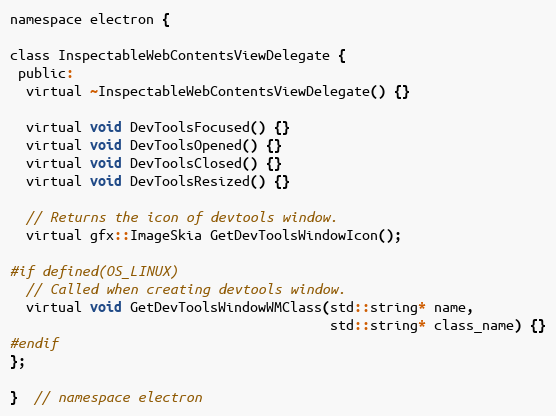
Language: C
namespace electron {

class InspectableWebContentsViewDelegate {
 public:
  virtual ~InspectableWebContentsViewDelegate() {}

  virtual void DevToolsFocused() {}
  virtual void DevToolsOpened() {}
  virtual void DevToolsClosed() {}
  virtual void DevToolsResized() {}

  // Returns the icon of devtools window.
  virtual gfx::ImageSkia GetDevToolsWindowIcon();

#if defined(OS_LINUX)
  // Called when creating devtools window.
  virtual void GetDevToolsWindowWMClass(std::string* name,
                                        std::string* class_name) {}
#endif
};

}  // namespace electron